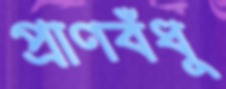
প্রাণবঁধু